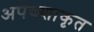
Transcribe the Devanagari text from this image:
अपेक्शाकृत